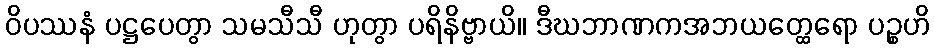
ဝိပဿနံ ပဋ္ဌပေတွာ သမသီသီ ဟုတွာ ပရိနိဗ္ဗာယိ။ ဒီဃဘာဏကအဘယတ္ထေရော ပဉ္စဟိ